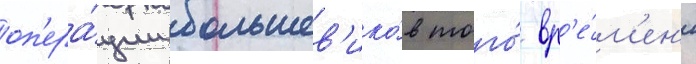
оп'ера́ции большев'ико́в того́ вр'е́м'ен'и